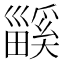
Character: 𤳤